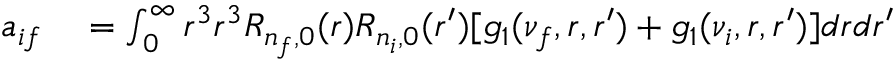
\begin{array} { r l } { a _ { i f } } & { { } = \int _ { 0 } ^ { \infty } r ^ { 3 } r ^ { 3 } R _ { n _ { f } , 0 } ( r ) R _ { n _ { i } , 0 } ( r ^ { \prime } ) [ g _ { 1 } ( \nu _ { f } , r , r ^ { \prime } ) + g _ { 1 } ( \nu _ { i } , r , r ^ { \prime } ) ] d r d r ^ { \prime } } \end{array}